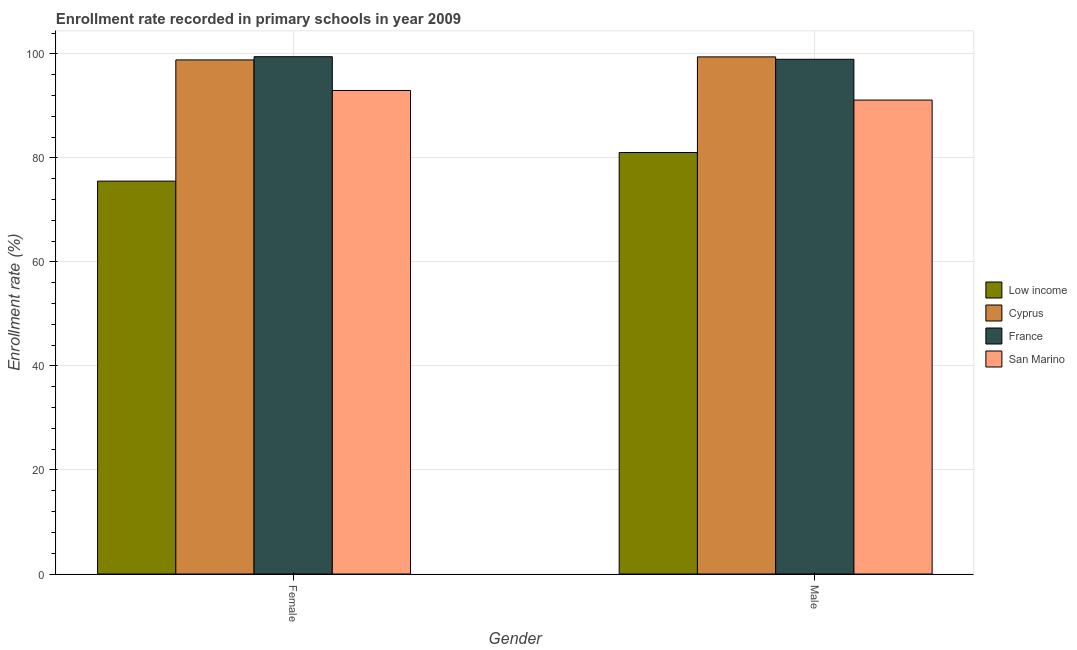
| Gender | Low income | Cyprus | France | San Marino |
 | --- | --- | --- | --- | --- |
 | Female | 75.5 | 98.8 | 99.5 | 93 |
 | Male | 81 | 99.4 | 99 | 91.1 |